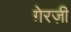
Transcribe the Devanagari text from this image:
ग़ेरज़ी